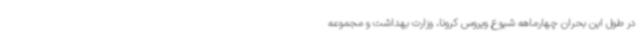
در طول این بحران چهارماهه شیوع ویروس کرونا، وزارت بهداشت و مجموعه